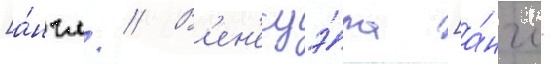
[а́нгл. // В'ен'есуэ́ла [а́нгл.